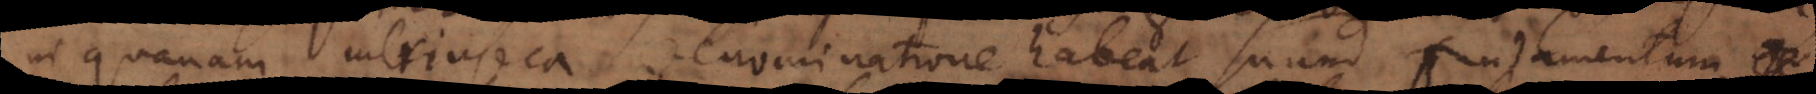
in quanam intrinseca denominatione habeat suum fundamentu